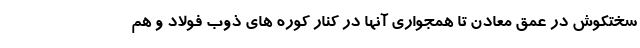
سختکوش در عمق معادن تا همجواری آنها در کنار کوره های ذوب فولاد و هم